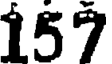
157